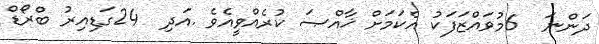
ދަންނަ  6މުވައްޒަފަކު އެކަމަށް ޚާއްޞަ ކުރެއްވީއެވެ .އަދި  24ގަޑިއިރު ބްރޯޑް